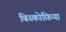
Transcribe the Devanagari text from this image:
बिस्कोफ़िया